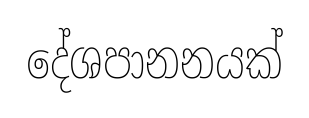
දේශපානනයක්